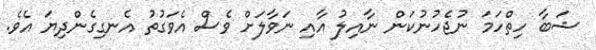
ޝަބާ ހިތްހަމަ ނުޖެހުނުކަން ނާއިލު އާއި ނަވާލަށް ވެސް އެވަގުތު އެނގިގެންދިޔަ އެވެ.